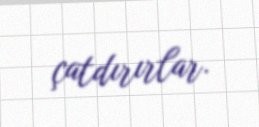
çatdırırlar.